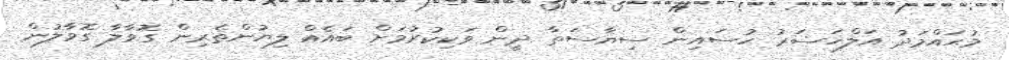
މުޙައްމަދު އަލްޚަޟަރު ޙުސައިން ސިޔާސަތާ ދީން ވަކިކުރުމަށް ބައެއް ލިޔުންތެރިން ގޮވާލާ ގޮވާލުން